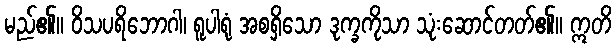
မည်၏။ ဝိသပရိဘောဂါ၊ ရူပါရုံ အစရှိသော ဒုက္ခကိုသာ သုံးဆောင်တတ်၏။ ဣတိ